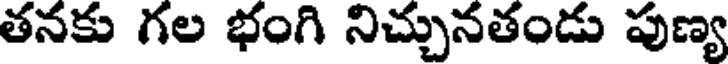
తనకు గల భంగి నిచ్చునతండు పుణ్య